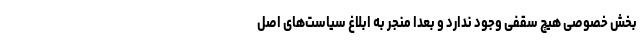
بخش خصوصی هیچ سقفی وجود ندارد و بعداً منجر به ابلاغ سیاست‌های اصل